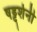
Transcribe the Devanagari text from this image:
षड्दर्शनी